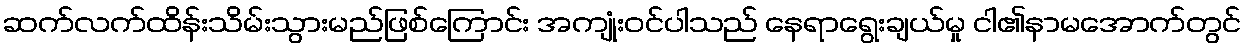
ဆက်လက်ထိန်းသိမ်းသွားမည်ဖြစ်ကြောင်း အကျုံးဝင်ပါသည် နေရာရွေးချယ်မှု ငါ၏နာမအောက်တွင်